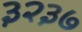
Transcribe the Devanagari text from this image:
३२३७